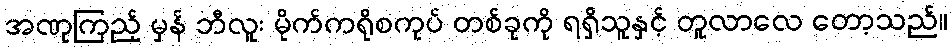
အဏုကြည့် မှန် ဘီလူး မိုက်ကရိုစကုပ် တစ်ခုကို ရရှိသူနှင့် တူလာလေ တော့သည်။